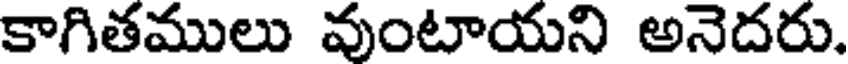
కాగితములు వుంటాయని అనెదరు.